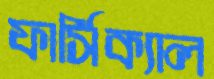
ফার্সিক্যাল